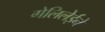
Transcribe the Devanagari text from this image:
गेलिलेईने